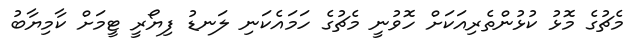
މެޗުގެ މޮޅު ކުޅުންތެރިއަކަށް ހޮވުނީ މެޗުގެ ހަމައެކަނި ލަނޑު ފިޔޯރީ ޓީމަށް ކާމިޔާބު